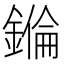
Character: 𨫅